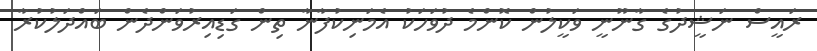
ރައީސް ނަޝީދުގެ ގާނޫނީ ވަކީލުން ކޮންމެ ދުވަހަކު އެމަނިކުފާނާ ތިން ގަޑިއިރުވަންދެން ބައްދަލުކުރާ